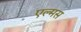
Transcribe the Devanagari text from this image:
एल्मस